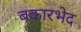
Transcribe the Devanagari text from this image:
बकारभेद